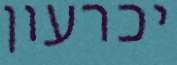
יכרעון